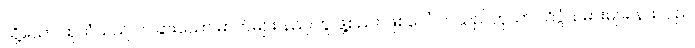
သို့သော် ထိုသံသည် တခြားသော ဓာတ်များ နည်းတူ ဖွဲ့စည်း ဖြစ်ပေါ်လာသည်ဟုသာ သိပ္ပံသမားများ နားလည်